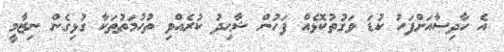
އެ ހާދިސާއަށްފަހު ކުޑަ ވަގުތުކޮޅެއް ފަހުން ޝާޙިދު ކުރެއްވި ތުހުމަތުތަކާ ގުޅިގެން ނިޒާމީ